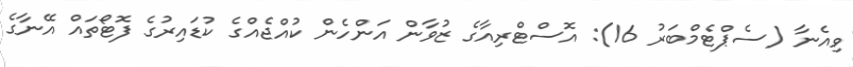
ވިއެނާ (ސެޕްޓެމްބަރު 16): އޮސްޓްރިއާގެ ޒުވާން އަންހެން ކުއްޖެއްގެ ކުޑައިރުގެ ފޮޓޯތައް އޭނާގެ